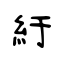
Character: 紆